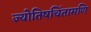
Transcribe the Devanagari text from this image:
ज्योतिषचिंतामणि